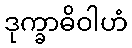
ဒုက္ခာဓိဝါဟံ